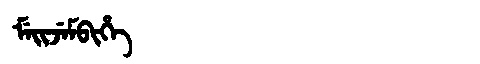
Manchu: ᠮᡝᡳᠵᡝᠮᠪᡳᡥᡝ
Romanization: MEIJEMBIHE